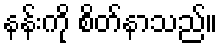
နန်းကို စိတ်နာသည်။